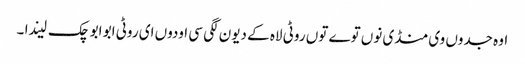
اوہ جدوں وی منڈی نوں توے توں روٹی لاہ کے دیون لگی سی اودوں ای روٹی ابو ابو چک لیندا ۔